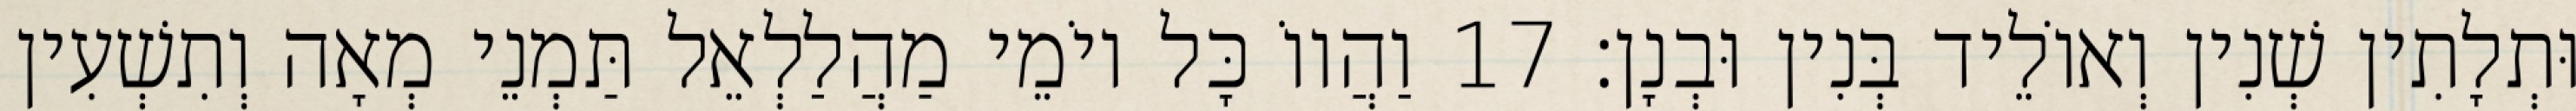
וּתְלָתִין שְׁנִין וְאוֹלֵיד בְּנִין וּבְנָן׃ 17 וַהֲווֹ כָּל יוֹמֵי מַהֲלַלְאֵל תַּמְנֵי מְאָה וְתִשְׁעִין